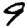
Digit: 9